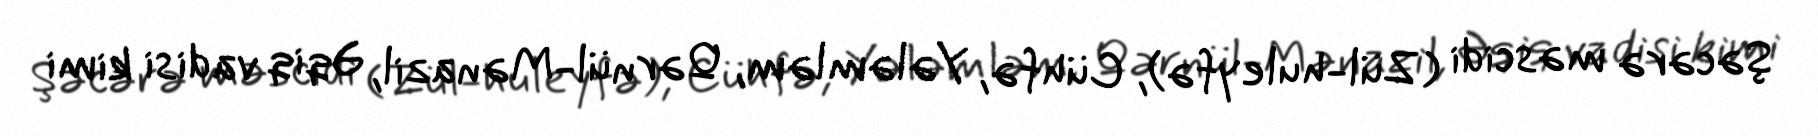
Şəcərə məscidi (Zül-huleyfə), Cühfə, Yələmləm, Qərnül-Mənazil, Əqiq vadisi kimi